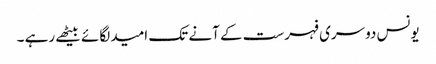
یونس دوسری فہرست کے آنے تک امید لگائے بیٹھے رہے ۔